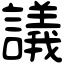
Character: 議